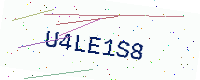
Text: U4LE1S8